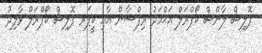
ޕޮލިސް ލާންސް ކޯޕްރަލް އަޙްމަދު ރިފްޝާން އާއި ކީޕަރ ޕޮލިސް ކޯޕްރަލް ވާލިދު